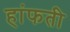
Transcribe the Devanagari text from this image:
हांफती